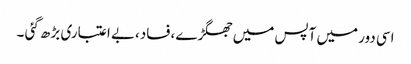
اسی دور میں آپس میں جھگڑے ،فساد،بے اعتباری بڑھ گئی ۔